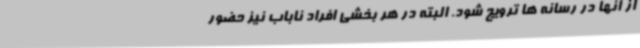
از آنها در رسانه ها ترویج شود. البته در هر بخشی افراد ناباب نیز حضور